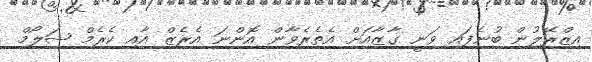
އިޒްރޭލުން ބުނެފައި ވަނީ ގާޒާއަށް އެތެރެވާން އޮންނަ އެރެޒް އާއި ކެރެމް ޝަލޯމް